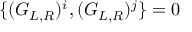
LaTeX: \{ ( G _ { L , R } ) ^ { i } , ( G _ { L , R } ) ^ { j } \} = 0